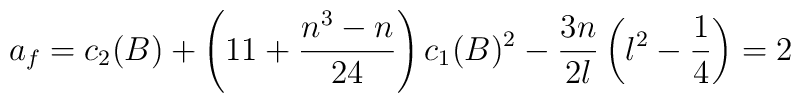
a_f = c_2(B) + \left(11 + \frac{n^3-n}{24}\right) c_1(B)^2         - \frac{3n}{2\l}\left(\l^2-\frac{1}{4}\right) = 2